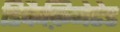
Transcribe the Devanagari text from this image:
डिकैफ़िनेटेड